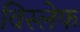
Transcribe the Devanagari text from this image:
विस्लेफ